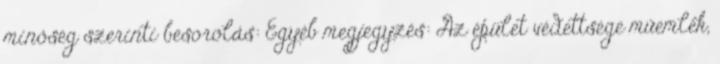
minőség szerinti besorolás: Egyéb megjegyzés: Az épület védettsége műemlék,